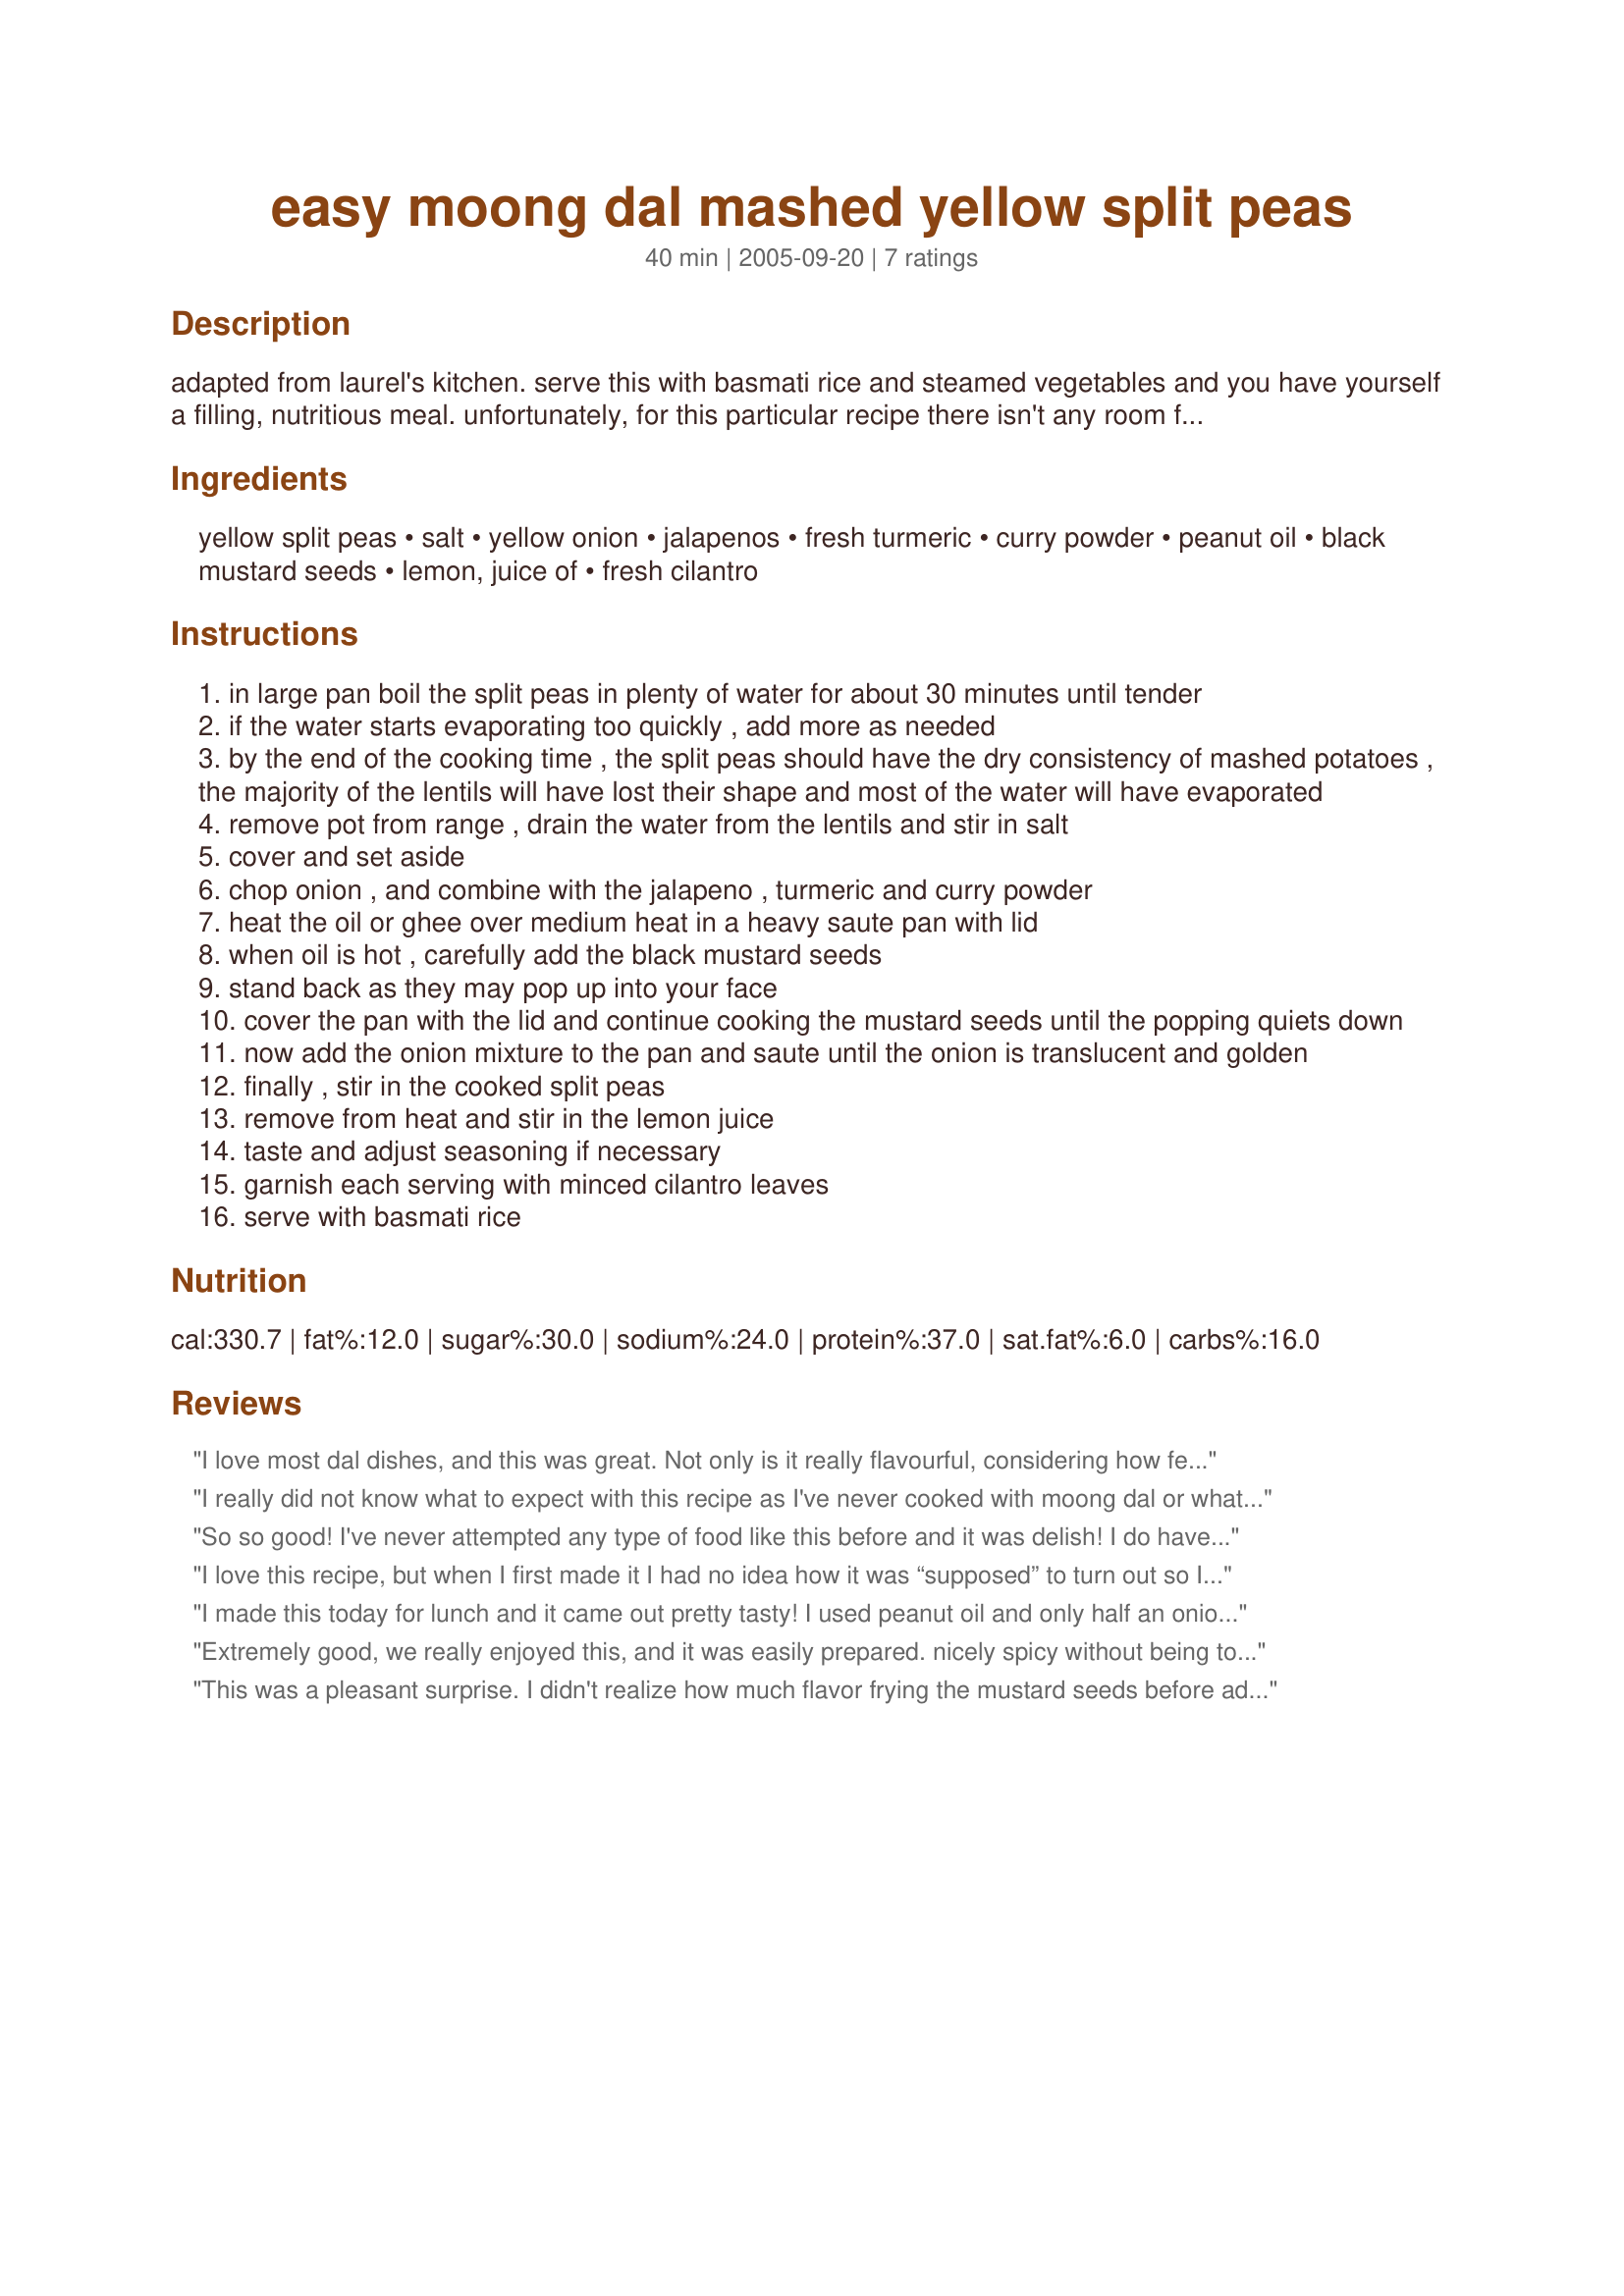
easy moong dal mashed yellow split peas
Preparation time: 40 minutes

adapted from laurel's kitchen. serve this with basmati rice and steamed vegetables and you have yourself a filling, nutritious meal. unfortunately, for this particular recipe there isn't any room for substitution or omission of ingredients.

Ingredients:
yellow split peas, salt, yellow onion, jalapenos, fresh turmeric, curry powder, peanut oil, black mustard seeds, lemon, juice of, fresh cilantro

Steps:
in large pan boil the split peas in plenty of water for about 30 minutes until tender
if the water starts evaporating too quickly , add more as needed
by the end of the cooking time , the split peas should have the dry consistency of mashed potatoes , the majority of the lentils will have lost their shape and most of the water will have evaporated
remove pot from range , drain the water from the lentils and stir in salt
cover and set aside
chop onion , and combine with the jalapeno , turmeric and curry powder
heat the oil or ghee over medium heat in a heavy saute pan with lid
when oil is hot , carefully add the black mustard seeds
stand back as they may pop up into your face
cover the pan with the lid and continue cooking the mustard seeds until the popping quiets down
now add the onion mixture to the pan and saute until the onion is translucent and golden
finally , stir in the cooked split peas
remove from heat and stir in the lemon juice
taste and adjust seasoning if necessary
garnish each serving with minced cilantro leaves
serve with basmati rice

Reviews:
I love most dal dishes, and this was great. Not only is it really flavourful, considering how few ingredients there are, but it is simple to prepare. It definitely took mine longer to cook than indicated; they weren't fully cooked through after 30 mins boiling, but I still added everything together and let it simmer with some extra liquid until the split peas were fully cooked. The only thing I changed was to only use 1/2 a lemon, I found it tangy enough for me. Thanks Cookgirl!
I really did not know what to expect with this recipe as I've never cooked with moong dal or what my package says split mung beans. So glad I chose this recipe to make. It is outstanding! I decided to sprinkle the minced jalapeno on top for me and none for my husband since he does not care for heat and this worked out great. Otherwise the spice in this was just right. Thank you Cookgirl for another great tasting recipe. Make for Asian forum's unrated Asian recipes.
So so good! I've never attempted any type of food like this before and it was delish! I do have to say that the split peas took WAY longer to cook than 30 minutes... more like an hour and a half! But, it was worth waiting for :) I will be making this again and again. I did use brown mustard seeds instead of black as I couldn't find black. The smell throughout the house was heavenly!
I love this recipe, but when I first made it I had no idea how it was “supposed” to turn out so I may be preparing it unconventionally. Mine ended up having a fluffy grain texture instead of mushy beans. I presoaked/cleaned the split moong beans for several hours before cooking them, and they did finish cooking in about half an hour. (I don’t like the texture when cooked longer.) I doubled the fresh turmeric and curry powder because I like it spicier. I omitted the lemon juice because I think lemon can overpower other flavors. My family really likes it prepared this way!
I made this today for lunch and it came out pretty tasty! I used peanut oil and only half an onion (that was the only change). I served it over rice, but it seemed to be missing something. Can't put my finger on it. If the flavor enhances tomorrow, I will be back to add the 5th star. :)
Extremely good, we really enjoyed this, and it was easily prepared. nicely spicy without being too much so, for the curry powder I used my favourite Roasted Garam Masala. Good colour, flavour and aroma, I served this with basmati rice and will be making it again, thanks, Cookgirl!

Made for Asian Forums Unrated Asian Tag Game, August 09.
This was a pleasant surprise. I didn't realize how much flavor frying the mustard seeds before adding onions would add. I've never made this kind of daal so I didn't know how it cooks or how to season and gave this recipe try, it turned out very nice. Instead of curry powder, which i don't use, I added all the curry powder ingredients separately. I also added half a tomato, coriander seeds, cumin, garlic paste and ginger paste to the onion mixture before I tossed in the daal. I'm sure even without all that, the daal would have still been great. Excellent recipe and easy to make!
